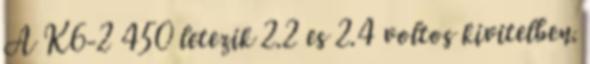
A K6-2 450 letezik 2.2 es 2.4 voltos kivitelben.